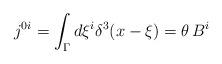
LaTeX: \begin{align*}j^{0i} = \int_\Gamma d \xi^i \delta^3 (x - \xi)= \theta\,B^i\end{align*}